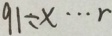
9 1 \div x \cdots r